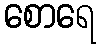
စောရေ